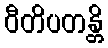
ဝီတိပတန္တိ